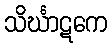
သိင်္ဃာဋကေ